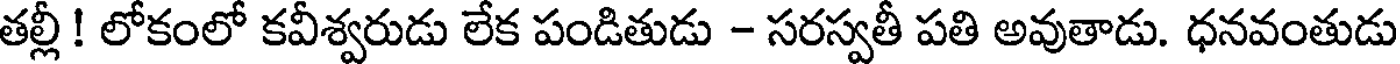
తల్లీ ! లోకంలో కవీశ్వరుడు లేక పండితుడు - సరస్వతీ పతి అవుతాడు. ధనవంతుడు